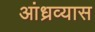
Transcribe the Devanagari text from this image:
आंध्रव्यास